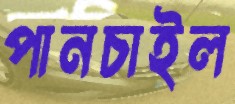
পানচাইল